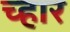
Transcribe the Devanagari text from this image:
च्हार